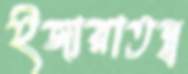
ইজারাতন্ত্র